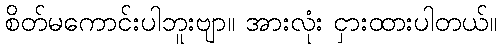
စိတ်မကောင်းပါဘူးဗျာ။ အားလုံး ငှားထားပါတယ်။